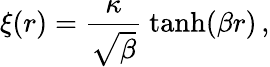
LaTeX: \xi(r)=\frac{\kappa}{\sqrt{\beta}}\ \mathrm{tanh}(\beta r)\, ,